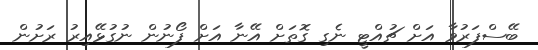
ބޭސްފަރުވާ އަށް ޗުއްޓީ ނެގި ގޮތަށް އޭނާ އަށް ފޯނުން ނުގުޅޭއިރު ރަށުން